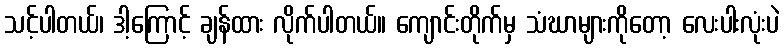
သင့်ပါတယ်၊ ဒါ့ကြောင့် ချန်ထား လိုက်ပါတယ်။ ကျောင်းတိုက်မှ သံဃာများကိုတော့ လေးပါးလုံးပဲ